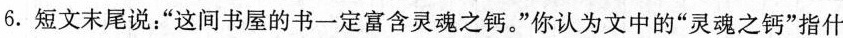
6.短文末尾说：”这间书屋的书一定富含灵魂之钙。”你认为文中的”灵魂之钙”指什